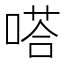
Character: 嗒